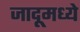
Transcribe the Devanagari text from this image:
जादूमध्ये